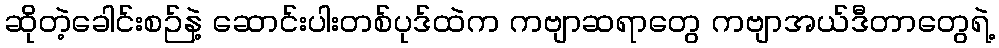
ဆိုတဲ့ခေါင်းစဉ်နဲ့ ဆောင်းပါးတစ်ပုဒ်ထဲက ကဗျာဆရာတွေ ကဗျာအယ်ဒီတာတွေရဲ့